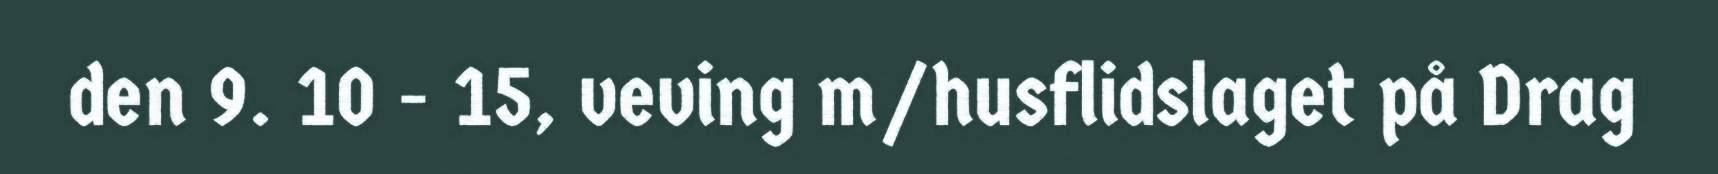
den 9. 10 - 15, veving m/husflidslaget på Drag